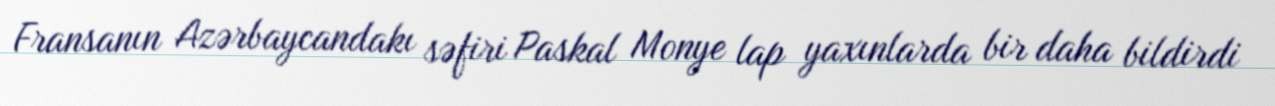
Fransanın Azərbaycandakı səfiri Paskal Monye lap yaxınlarda bir daha bildirdi